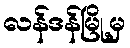
လန်ဒန်မြို့မှ